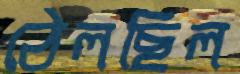
ঠেলছিল